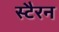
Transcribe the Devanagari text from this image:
स्टैरन